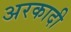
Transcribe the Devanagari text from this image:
अरकादी